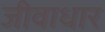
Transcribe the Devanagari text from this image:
जीवाधार